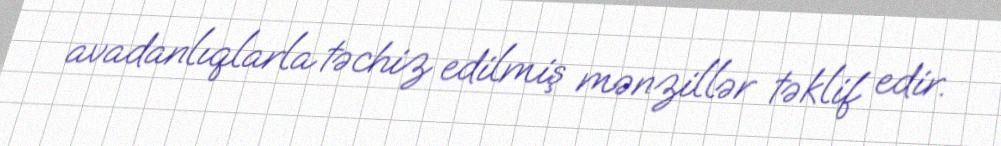
avadanlıqlarla təchiz edilmiş mənzillər təklif edir.